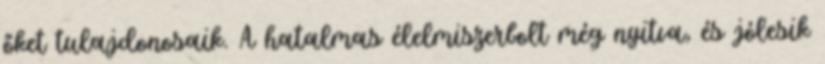
őket tulajdonosaik. A hatalmas élelmiszerbolt még nyitva, és jólesik